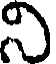
ని